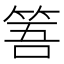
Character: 𥭠